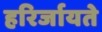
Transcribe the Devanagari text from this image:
हरिर्जायते